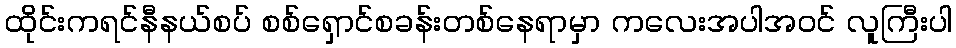
ထိုင်းကရင်နီနယ်စပ် စစ်ရှောင်စခန်းတစ်နေရာမှာ ကလေးအပါအဝင် လူကြီးပါ